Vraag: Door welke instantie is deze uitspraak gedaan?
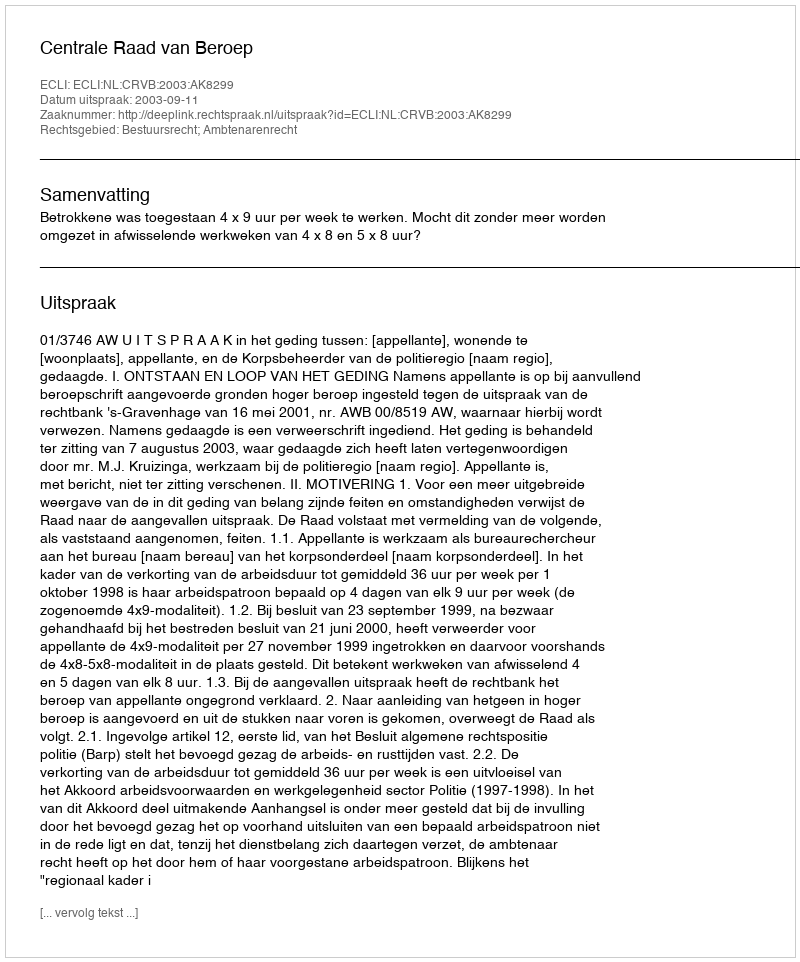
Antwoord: Centrale Raad van Beroep